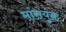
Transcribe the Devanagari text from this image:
मांसयुक्त